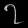
Digit: ၇